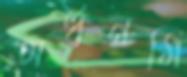
অর্ধনমি